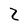
Character: Z